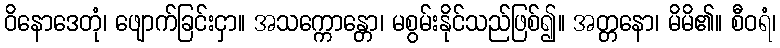
ဝိနောဒေတုံ၊ ဖျောက်ခြင်းငှာ။ အသက္ကောန္တော၊ မစွမ်းနိုင်သည်ဖြစ်၍။ အတ္တနော၊ မိမိ၏။ စီဝရံ၊